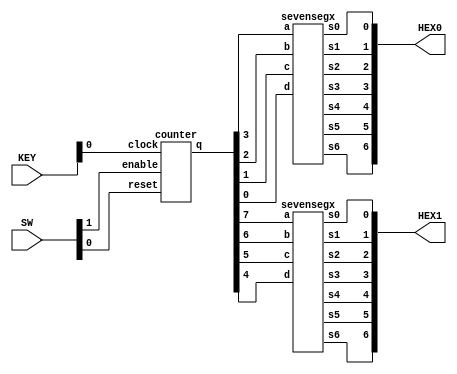
module main(SW, KEY, HEX0, HEX1);
	input [1:0] SW;
	input [1:0] KEY;
	output [6:0] HEX0;
	output [6:0] HEX1;
	wire [7:0] wout;

	counter c1(
		.enable(SW[1]),
		.reset(SW[0]),
		.clock(KEY[0]),
		.q(wout)
	);
	
	sevensegx s0(
		.a(wout[3]),
		.b(wout[2]),
		.c(wout[1]),
		.d(wout[0]),
		.s0(HEX0[0]),
		.s1(HEX0[1]),
		.s2(HEX0[2]),
		.s3(HEX0[3]),
		.s4(HEX0[4]),
		.s5(HEX0[5]),
		.s6(HEX0[6])
	);
	
	sevensegx s1(
		.a(wout[7]),
		.b(wout[6]),
		.c(wout[5]),
		.d(wout[4]),
		.s0(HEX1[0]),
		.s1(HEX1[1]),
		.s2(HEX1[2]),
		.s3(HEX1[3]),
		.s4(HEX1[4]),
		.s5(HEX1[5]),
		.s6(HEX1[6])
	);
	
endmodule

module sevensegx(a, b, c, d, s0, s1, s2, s3, s4, s5, s6);
	input a, b, c, d;
	output s0, s1, s2, s3, s4, s5, s6;
	
	assign s0 = ~a & b & ~c & ~d | ~a & ~b & ~c & d | a & b & ~c & d | a & ~b & c & d;
	assign s1 = a & b & ~d | a & c & d | ~a & b & ~c & d | b & c & ~d;
	assign s2 = ~a & ~b & & c & ~d | a & b & ~d | a & b & c;
	assign s3 = ~b & ~c & d | ~a & b & ~c & ~d | b & c & d |  a & ~b & c & ~d;
	assign s4 = ~a & d | ~a & b & ~c | ~b & ~c & d;
	assign s5 = ~a & ~b & d | ~a & c & d | ~a & ~b & c | a & b & ~c & d;
	assign s6 = a & b & ~c & ~d | ~a & ~b & ~c | ~a & b & c & d;

endmodule


module counter(enable, reset, clock, q);
	input enable, reset, clock;
	output 	[7:0] q;
	wire w0, w1, w2, w3, w4, w5, w6, w7;
	wire a1, a2, a3, a4, a5, a6, a7;

	atff q0(
		.data(enable),
		.clk(clock),
		.reset(reset),
		.q(w0)
	);

	assign a1 = w0 & enable;
	
	atff q1(
		.data(a1),
		.clk(clock),
		.reset(reset),
		.q(w1)
	);

	assign a2 = w0 & w1 & enable;	
	
	atff q2(
		.data(a2),
		.clk(clock),
		.reset(reset),
		.q(w2)
	);

	assign a3 = w0 & w1 & w2 & enable;	
	
	atff q3(
		.data(a3),
		.clk(clock),
		.reset(reset),
		.q(w3)
	);

	assign a4 = w0 & w1 & w2 & w3 & enable;	
	
	atff q4(
		.data(a4),
		.clk(clock),
		.reset(reset),
		.q(w4)
	);
	assign a5 = w0 & w1 & w2 & w3 & w4 & enable;	

	atff t5(
		.data(a5),
		.clk(clock),
		.reset(reset),
		.q(w5)
	);

	assign a6 = w0 & w1 & w2 & w3 & w4 & w5 & enable;	

	atff q6(
		.data(a6),
		.clk(clock),
		.reset(reset),
		.q(w6)
	);

	assign a7 = w0 & w1 & w2 & w3 & w4 & w5 & w6 & enable;	
	
	atff q7(
		.data(a7),
		.clk(clock),
		.reset(reset),
		.q(w7)
	);
	
	assign q = {w7, w6, w5, w4, w3, w2, w1, w0};

endmodule

module atff(data, clk, reset, q);
	input data, clk, reset; 
	output q;
	reg q;

	always @ (posedge clk, negedge reset)
	if (~reset) begin
	  q <= 1'b0;
	end else if (data) begin
	  q <= q ^ data;
	end

endmodule //End Of Module tff_async_reset